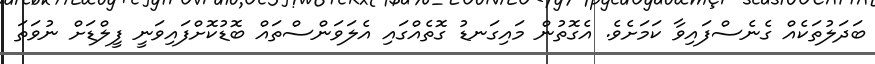
ބަދަލުތަކެއް ގެނެސްފައިވާ ކަމަށެވެ. އެގޮތުން މައިގަނޑު ގޮތެއްގައި އެލަވަންސްތައް ބޮޑުކޮށްފައިވަނީ ފީލްޑަށް ނުވަތަ